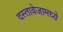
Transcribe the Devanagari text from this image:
दस्तावेजामध्ये